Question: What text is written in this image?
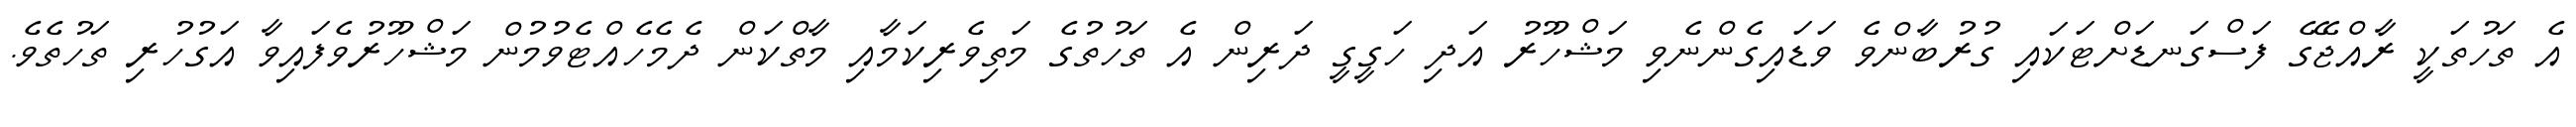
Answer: އެ ތަހުތަކީ ރާއްޖޭގެ ފަސްގަނޑަށްޓަކައި ގުރުބާންވެ ވަޑައިގެންނެވި މަޝްހޫރު އަދި ހަގީގީ ދަރިން އެ ތަހުތުގެ މަތިވެރިކަމާއި މާތްކަން ދެމެހެއްޓެވުމުން މަޝްހޫރުވެފައިވާ އަގުހުރި ތަހުތެވެ.